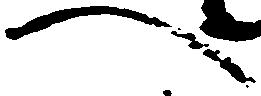
へ